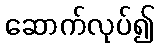
ဆောက်လုပ်၍